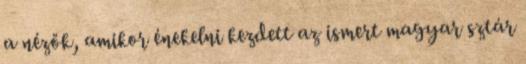
a nézők, amikor énekelni kezdett az ismert magyar sztár